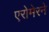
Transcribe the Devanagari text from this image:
एरोमेरने